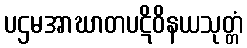
ပဌမအာဃာတပဋိဝိနယသုတ္တံ